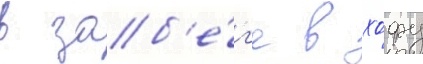
в заб'е́г'е в хофу